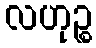
လဟုဉ္စ